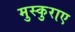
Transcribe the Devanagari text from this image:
मुस्कुराए